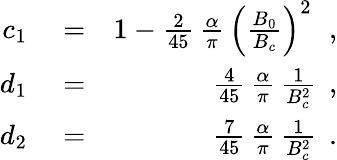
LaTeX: \begin{array}{rlr}{c_{1}}&{{}=}&{1-\frac{2}{45}\, \frac{\alpha}{\pi}\, \left(\frac{B_{0}}{B_{c}}\right)^{2}\, \, \; ,}\\ {d_{1}}&{{}=}&{\frac{4}{45}\, \frac{\alpha}{\pi}\, \frac{1}{B_{c}^{2}}\, \; ,}\\ {d_{2}}&{{}=}&{\frac{7}{45}\, \frac{\alpha}{\pi}\, \frac{1}{B_{c}^{2}}\, \; .}\end{array}